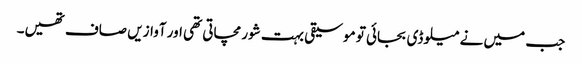
جب میں نے میلوڈی بجائی تو موسیقی بہت شور مچاتی تھی اور آوازیں صاف تھیں۔